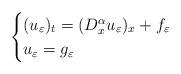
LaTeX: \begin{align*}\begin{cases}(u_\varepsilon)_t=(D_x^\alpha u_\varepsilon)_x+f_\varepsilon\quad&\\u_\varepsilon=g_\varepsilon\quad&\end{cases}\end{align*}